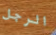
الرجل